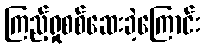
ကြည့်ရှုစစ်ဆေးခဲ့ကြောင်း